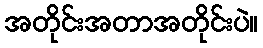
အတိုင်းအတာအတိုင်းပဲ။